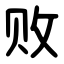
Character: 败